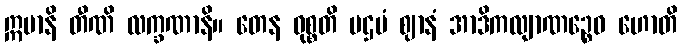
ဣမာနိ တီဏိ လက္ခဏာနိ။ တေန ဝုစ္စတိ ပဌမံ ဈာနံ အာဒိကလျာဏဉ္စေဝ ဟောတိ